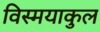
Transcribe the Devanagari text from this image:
विस्मयाकुल